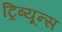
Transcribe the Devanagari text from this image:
ट्रिब्यून्स